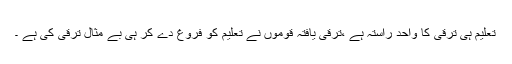
تعلیم ہی ترقی کا واحد راستہ ہے ،ترقی یافتہ قوموں نے تعلیم کو فروغ دے کر ہی بے مثال ترقی کی ہے ۔